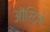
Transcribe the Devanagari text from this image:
ऑस्ट्रिक